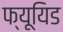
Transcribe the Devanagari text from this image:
फ्यूयिड